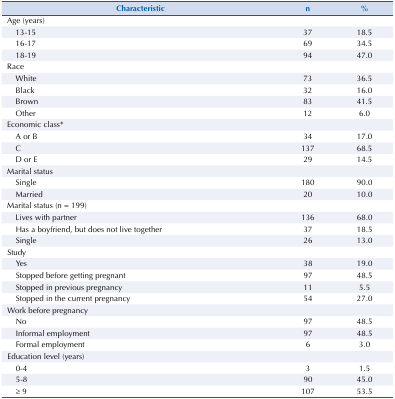
<table><thead><tr><td><b>Characteristic</b></td><td><b>n</b></td><td><b>%</b></td></tr></thead><tbody><tr><td>Age (years)</td><td> </td><td> </td></tr><tr><td>13-15</td><td>37</td><td>18.5</td></tr><tr><td>16-17</td><td>69</td><td>34.5</td></tr><tr><td>18-19</td><td>94</td><td>47.0</td></tr><tr><td>Race</td><td> </td><td> </td></tr><tr><td>White</td><td>73</td><td>36.5</td></tr><tr><td>Black</td><td>32</td><td>16.0</td></tr><tr><td>Brown</td><td>83</td><td>41.5</td></tr><tr><td>Other</td><td>12</td><td>6.0</td></tr><tr><td>Economic class*</td><td> </td><td> </td></tr><tr><td>A or B</td><td>34</td><td>17.0</td></tr><tr><td>C</td><td>137</td><td>68.5</td></tr><tr><td>D or E</td><td>29</td><td>14.5</td></tr><tr><td>Marital status</td><td> </td><td> </td></tr><tr><td>Single</td><td>180</td><td>90.0</td></tr><tr><td>Married</td><td>20</td><td>10.0</td></tr><tr><td>Marital status (n = 199)</td><td> </td><td> </td></tr><tr><td>Lives with partner</td><td>136</td><td>68.0</td></tr><tr><td>Has a boyfriend, but does not live together</td><td>37</td><td>18.5</td></tr><tr><td>Single</td><td>26</td><td>13.0</td></tr><tr><td>Study</td><td> </td><td> </td></tr><tr><td>Yes</td><td>38</td><td>19.0</td></tr><tr><td>Stopped before getting pregnant</td><td>97</td><td>48.5</td></tr><tr><td>Stopped in previous pregnancy</td><td>11</td><td>5.5</td></tr><tr><td>Stopped in the current pregnancy</td><td>54</td><td>27.0</td></tr><tr><td>Work before pregnancy</td><td> </td><td> </td></tr><tr><td>No</td><td>97</td><td>48.5</td></tr><tr><td>Informal employment</td><td>97</td><td>48.5</td></tr><tr><td>Formal employment</td><td>6</td><td>3.0</td></tr><tr><td>Education level (years)</td><td> </td><td> </td></tr><tr><td>0-4</td><td>3</td><td>1.5</td></tr><tr><td>5-8</td><td>90</td><td>45.0</td></tr><tr><td>≥ 9</td><td>107</td><td>53.5</td></tr></tbody></table>